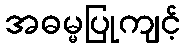
အဓမ္မပြုကျင့်